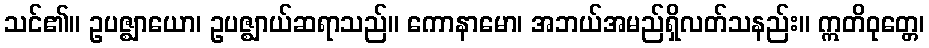
သင်၏။ ဥပဇ္ဈာယော၊ ဥပဇ္ဈာယ်ဆရာသည်။ ကောနာမော၊ အဘယ်အမည်ရှိလတ်သနည်း။ ဣတိဝုတ္တေ၊